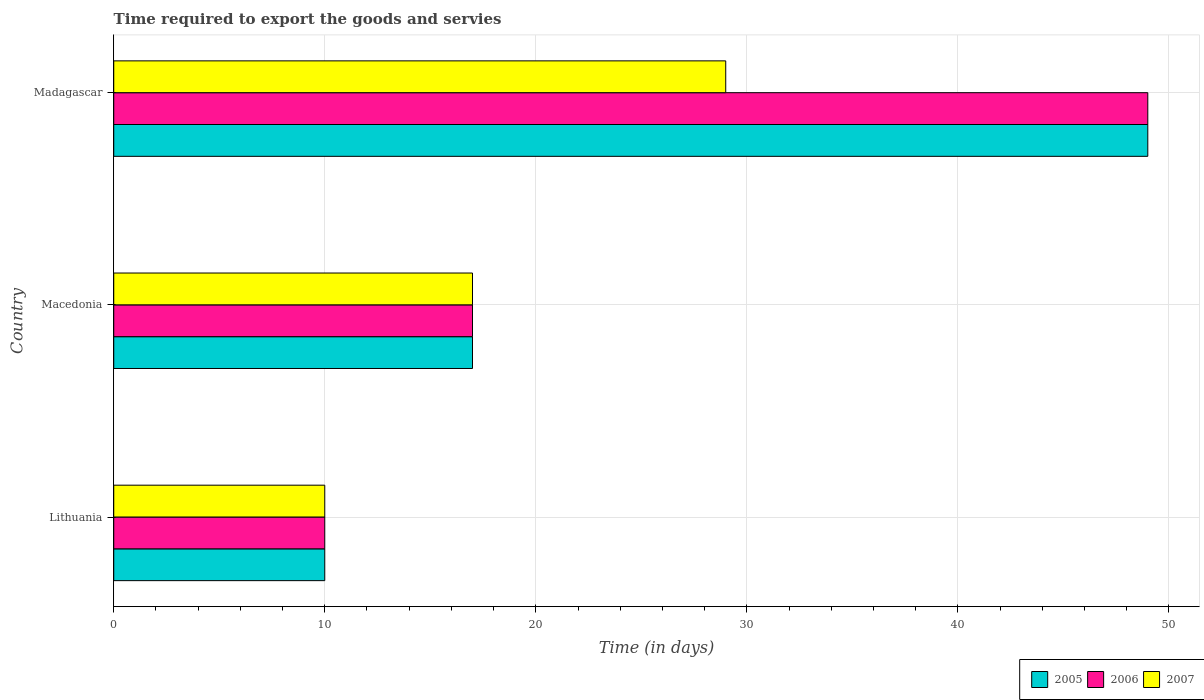
| Country | 2005 | 2006 | 2007 |
 | --- | --- | --- | --- |
 | Lithuania | 10 | 10 | 10 |
 | Macedonia | 17 | 17 | 17 |
 | Madagascar | 49 | 49 | 29 |